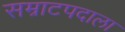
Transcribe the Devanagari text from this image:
सम्राटपदाला